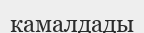
камалдады